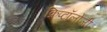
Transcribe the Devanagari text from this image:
क्रिप्टॉलोजी